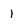
Character: 1